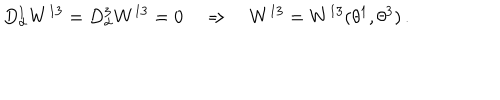
D _ { \alpha } ^ { 1 } W ^ { 1 3 } = D _ { \alpha } ^ { 3 } W ^ { 1 3 } = 0 \quad \Rightarrow \quad W ^ { 1 3 } = W ^ { 1 3 } ( \theta ^ { 1 } , \theta ^ { 3 } ) \, .